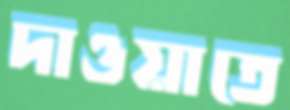
দাওয়াতে